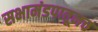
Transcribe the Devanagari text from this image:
सभामंडपातूनच